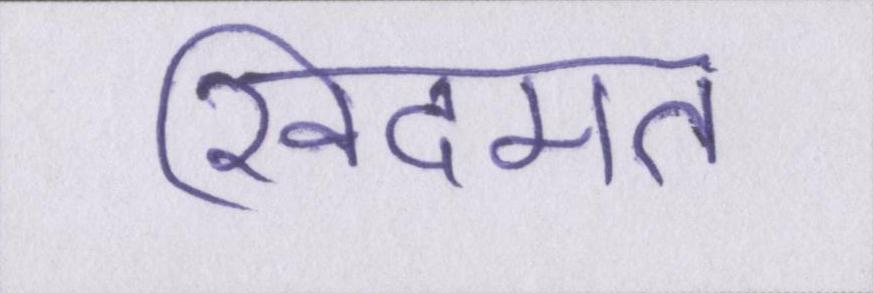
खिदमत